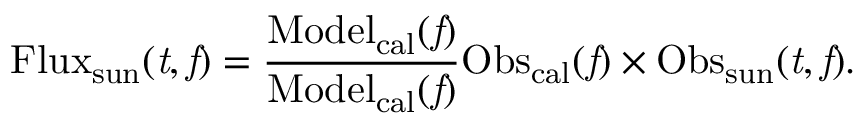
\mathrm { F l u x _ { s u n } ( \it t , f ) = \mathrm { \frac { M o d e l _ { c a l } ( \it f ) } { M o d e l _ { c a l } ( \it f ) } { O b s _ { c a l } ( \it f ) } \times \mathrm { O b s _ { s u n } ( \it t , f ) . } } }